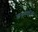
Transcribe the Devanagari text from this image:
अनुताईंनी